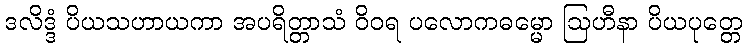
ဒလိဒ္ဒံ ပိယသဟာယကာ အပရိတ္တာသံ ဝိဝရ ပလောကဓမ္မော ဩဟီနာ ပိယပုတ္တေ